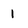
Character: 1